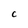
Character: C